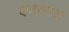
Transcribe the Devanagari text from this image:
एजलास